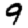
Digit: 9